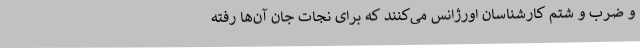
و ضرب و شتم کارشناسان اورژانس می‌کنند که برای نجات جان آن‌ها رفته